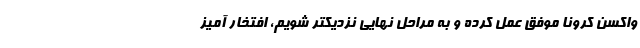
واکسن کرونا موفق عمل کرده و به مراحل نهایی نزدیکتر شویم، افتخار آمیز